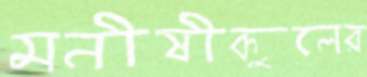
মনীষীকুলের